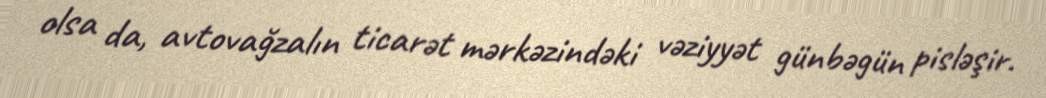
olsa da, avtovağzalın ticarət mərkəzindəki vəziyyət günbəgün pisləşir.